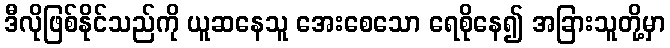
ဒီလိုဖြစ်နိုင်သည်ကို ယူဆနေသူ အေးစေသော ရေစိုနေ၍ အခြားသူတို့မှာ